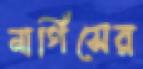
নার্গিসের